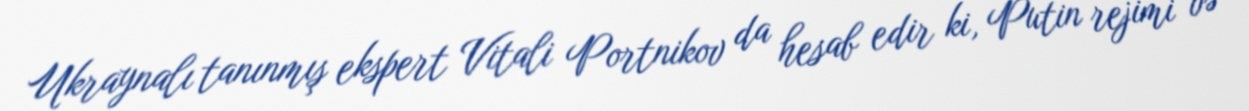
Ukraynalı tanınmış ekspert Vitali Portnikov da hesab edir ki, Putin rejimi və